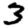
Digit: 3